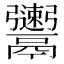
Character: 𩱫